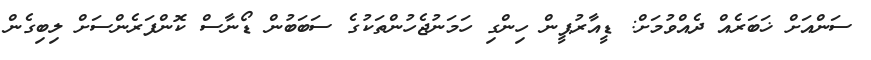
ސަންއަށް ޚަބަރެއް ދެއްވުމަށް: ޑީއާރުޕީން ހިންގި ހަމަނުޖެހުންތަކުގެ ސަބަބުން ޑޯނާސް ކޮންފަރެންސަށް ލިބިގެން